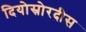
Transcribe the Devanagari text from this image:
दियोस्रोरदीस